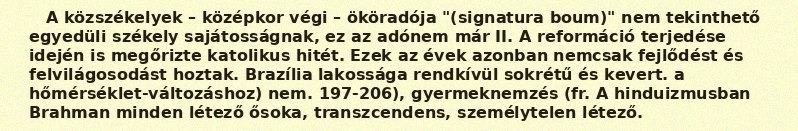
A közszékelyek – középkor végi – ököradója "(signatura boum)" nem tekinthető egyedüli székely sajátosságnak, ez az adónem már II. A reformáció terjedése idején is megőrizte katolikus hitét. Ezek az évek azonban nemcsak fejlődést és felvilágosodást hoztak. Brazília lakossága rendkívül sokrétű és kevert. a hőmérséklet-változáshoz) nem. 197-206), gyermeknemzés (fr. A hinduizmusban Brahman minden létező ősoka, transzcendens, személytelen létező.